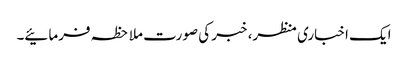
ایک اخباری منظر، خبر کی صورت ملاحظہ فرمائیے۔